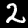
Label: 2